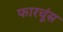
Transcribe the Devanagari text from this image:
फारचूंस